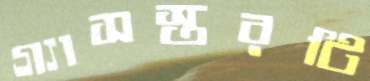
গ্যাসস্তরটি